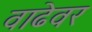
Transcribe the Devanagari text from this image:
वाढेवर